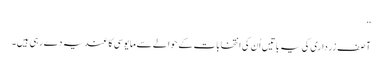
‘‘
آصف زرداری کی یہ باتیں اُن کی انتخابات کے حوالے سے مایوسی کا عندیہ دے رہی ہیں۔